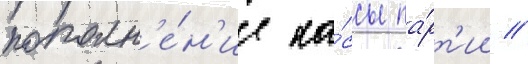
пополн'е́н'ие ка́ссы па́рт'ии //